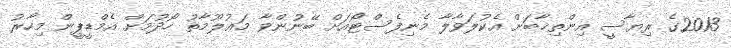
2013ގެ ރިޔާސީ އިންތިޚާބަށް އެކުލަވާލާ މެނިފެސްޓޯއަށް ބޭނުންވާ މަޢުލޫމާތު ހޯދުމަށް އެމްޑީޕީން މިހާރު